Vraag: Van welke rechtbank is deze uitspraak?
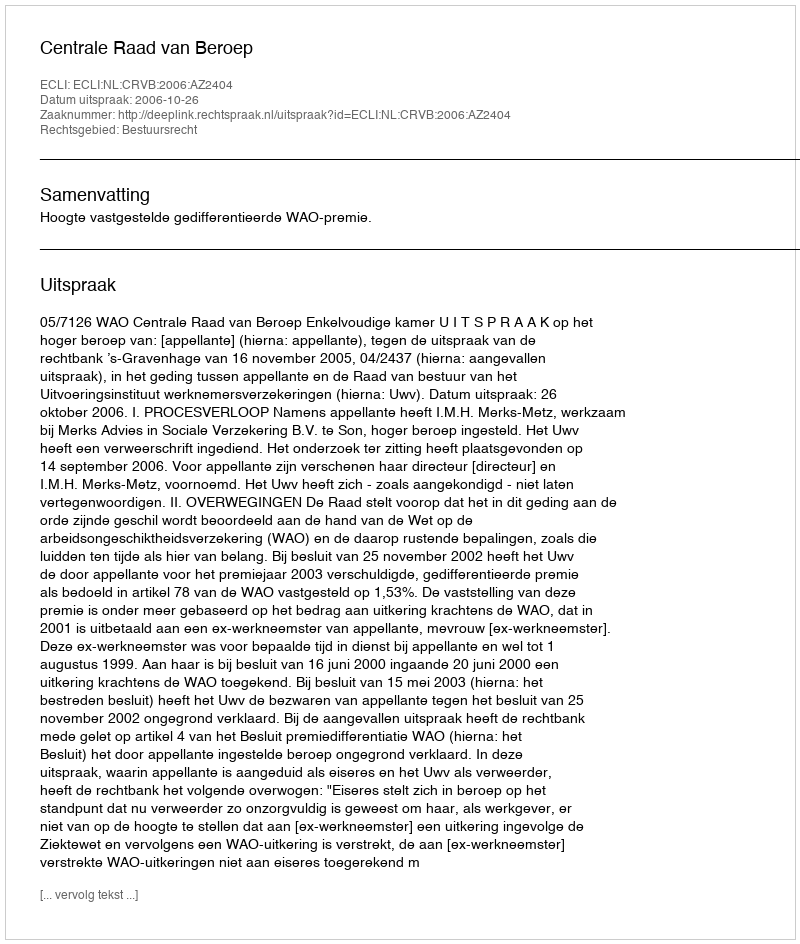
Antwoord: Centrale Raad van Beroep